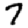
Digit: 7